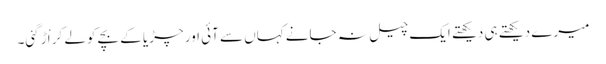
میرے دیکھتے ہی دیکھتے ایک چیل نہ جانے کہاں سے آئی اور چڑیا کے بچے کولے کر اْڑ گئی۔